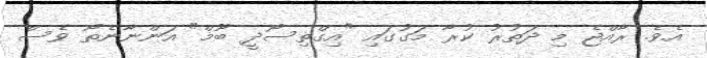
އެވެ. ރާއްޖެ މި ދަތުރު ކުރާ މަގުގައި "އިގްތިސޯދީ ބޫމް" އަންނާނެތޯ ވެސް